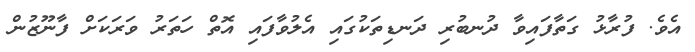
އެވެ. ފުރާޅު ގަތާފައިވާ ދުނބުރި ދަނޑިތަކުގައި އެލުވާފައި އޮތް ހަތަރު ވަރަކަށް ފާނޫޒުން